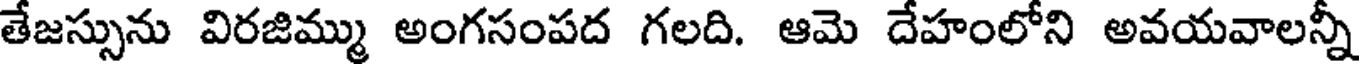
తేజస్సును విరజిమ్ము అంగసంపద గలది. ఆమె దేహంలోని అవయవాలన్నీ